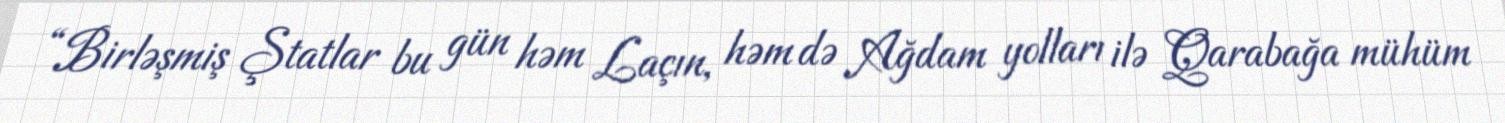
“Birləşmiş Ştatlar bu gün həm Laçın, həm də Ağdam yolları ilə Qarabağa mühüm